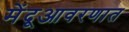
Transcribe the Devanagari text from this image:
मेंदूआवरणात